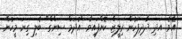
އެވެ. އަދި ދާދިފަހުން ރިލީޒް ކޮށްފައިވާ "އުދަމް ސިންގް" ބެލި ގިނަ މީހުން